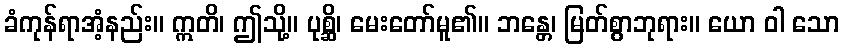
ခံကုန်ရာအံ့နည်း။ ဣတိ၊ ဤသို့။ ပုစ္ဆိ၊ မေးတော်မူ၏။ ဘန္တေ၊ မြတ်စွာဘုရား။ ယော ဝါ သော